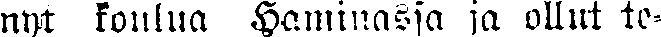
nyt koulua Haminassa ja ollut te-